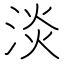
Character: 淡